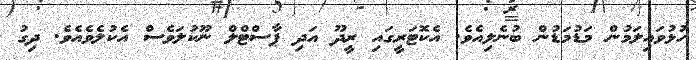
ހުޅުވައިލަމުން މަޑުމަޑުން ބުނެލިއެވެ. އެކޮޓަރީގައި ރީދޫ އަދި ޕާސްޓްލް ނޫކުލަވެސް އެކުލެވެއެވެ. ދިގު